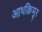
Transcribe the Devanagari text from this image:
आथक्रिमुर